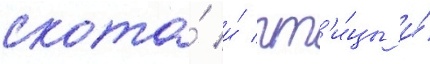
скота́ и́ пт'и́цы и́